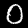
Label: 0